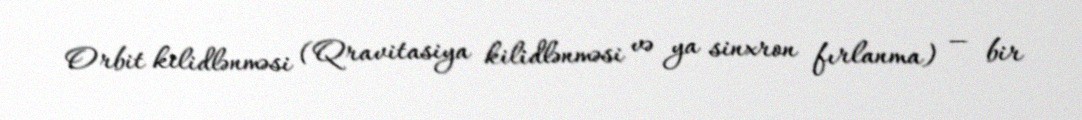
Orbit kilidlənməsi (Qravitasiya kilidlənməsi və ya sinxron fırlanma) — bir